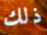
ذلك